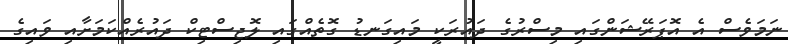
ނަމަވެސް އެ އޮޕަރޭޝަންގައި މިސްރުގެ ދައުރަކީ މައިގަނޑު ގޮތެއްގައި ލޮޖިސްޓިކް ދައުރެއްކަމަށާއި ވައިގެ